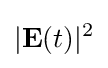
|{\mathbf {E} }(t)|^{2}